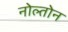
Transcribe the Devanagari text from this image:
नोल्तोन